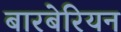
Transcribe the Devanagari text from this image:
बारबेरियन